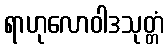
ရာဟုလောဝါဒသုတ္တံ